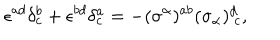
LaTeX: \epsilon ^ { a d } \delta _ { c } ^ { b } + \epsilon ^ { b d } \delta _ { c } ^ { a } = - ( \sigma ^ { \alpha } ) ^ { a b } ( \sigma _ { \alpha } ) _ { ~ c } ^ { d } ,